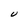
Character: U